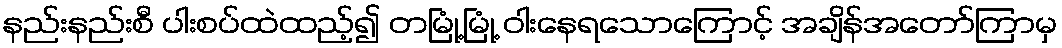
နည်းနည်းစီ ပါးစပ်ထဲထည့်၍ တမြုံ့မြုံ့ ဝါးနေရသောကြောင့် အချိန်အတော်ကြာမှ